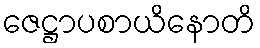
ဇေဋ္ဌာပစာယိနောတိ